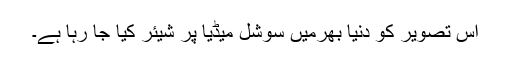
اس تصویر کو دنیا بھرمیں سوشل میڈیا پر شیئر کیا جا رہا ہے۔